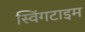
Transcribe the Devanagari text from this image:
स्विंगटाइम